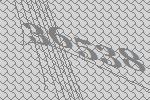
36538